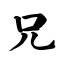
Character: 兄